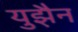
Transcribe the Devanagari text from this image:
युझ़ैन